Indian journal of veterinary science and animal husbandry - Volumes 15-17, 1948-1951
Year: 1948
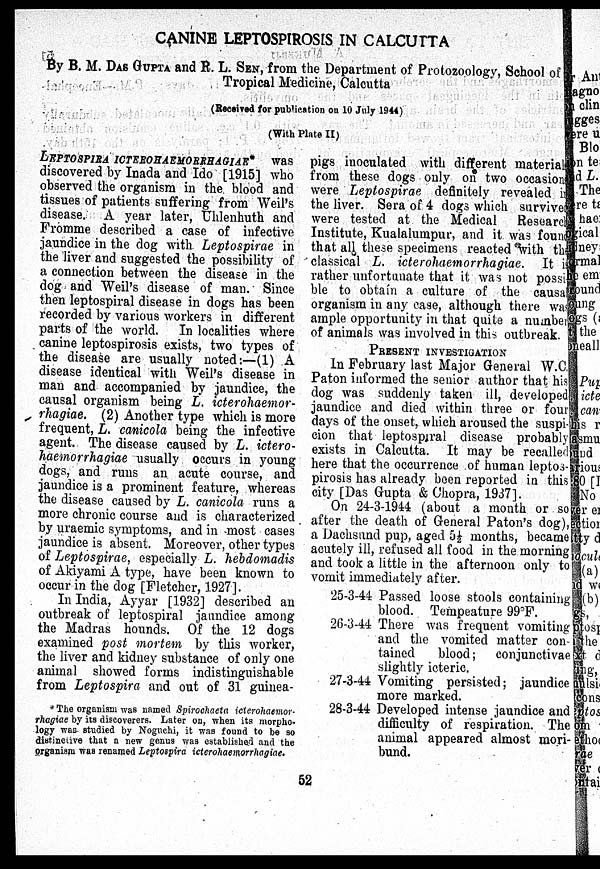
CANINE LEPTOSPIROSIS IN CALCUTTA
By B. M. DAS GUPTA and R. L. SEN, from the Department of Protozoology, School of
Tropical Medicine, Calcutta
(Received for publication on 10 July 1944)
(With Plate II)
LEPTOSPIRA ICTEROHAEMORRHAGIAE* was
discovered by Inada and Ido [1915] who
observed the organism in the blood and
tissues of patients suffering from Weil's
disease. A year later, Uhlenhuth and
Fromme described a case of infective
jaundice in the dog with Leptospirae in
the liver and suggested the possibility of
a connection between the disease in the
dog and Weil's disease of man. Since
then leptospiral disease in dogs has been
recorded by various workers in different
parts of the world. In localities where
canine leptospirosis exists, two types of
the disease are usually noted:—(1) A
disease identical with Weil's disease in
man and accompanied by jaundice, the
causal organism being L. icterohaemor-
rhagiae. (2) Another type which is more
frequent, L. canicola being the infective
agent. The disease caused by L. ictero-
haemorrhagiae usually occurs in young
dogs, and runs an acute course, and
jaundice is a prominent feature, whereas
the disease caused by L. canicola runs a
more chronic course and is characterized
by uraemic symptoms, and in most cases
jaundice is absent. Moreover, other types
of Leptospirae, especially L. hebdomadis
of Akiyami A type, have been known to
occur in the dog [Fletcher, 1927].
In India, Ayyar [1932] described an
outbreak of leptospiral jaundice among
the Madras hounds. Of the 12 dogs
examined post mortem by this worker,
the liver and kidney substance of only one
animal showed forms indistinguishable
from Leptospira and out of 31 guinea-
* The organism was named Spirochaeta icterohaemor-
rhagiae by its discoverers. Later on, when its morpho-
logy was studied by Noguchi, it was found to be so
distinctive that a new genua was established and the
organism was renamed Leptospira icterohaemorrhagiae.
pigs inoculated with different materials
from these dogs only on two occasions
were Leptospirae definitely revealed in
the liver. Sera of 4 dogs which survived
were tested at the Medical Research
Institute, Kualalumpur, and it was found
that all these specimens reacted with the
classical L. icterohaemorrhagiae. It is
rather unfortunate that it was not possi
ble to obtain a culture of the causal
organism in any ease, although there was
ample opportunity in that quite a number
of animals was involved in this outbreak.
PRESENST INVESTIGATION
In February last Major General W.C.
Paton informed the senior author that his
dog was suddenly taken ill, developed
jaundice and died within three or four
days of the onset, which aroused the suspi-
cion that leptospiral disease probably
exists in Calcutta. It may be recalled
here that the occurrence of human leptos-
pirosis has already been reported in this
city [Das Gupta & Chopra, 1937].
On 24-3-1944 (about a month or so
after the death of General Paton's dog),
a Dachsund pup, aged 5½ months, became
acutely ill, refused all food in the morning
and took a little in the afternoon only to
vomit immediately after.
25-3-44 Passed loose stools containing
blood. Tempeature 99°F.
26-3-44 There was frequent vomiting
and the vomited matter con-
tained
blood; conjunctivae
slightly icteric.
27-3-44 Vomiting persisted; jaundice
more marked.
28-3-44 Developed intense jaundice and
difficulty of respiration. The
animal appeared almost mori-
bund.
52